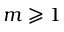
m \geqslant 1